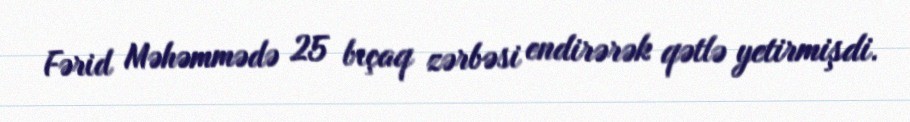
Fərid Məhəmmədə 25 bıçaq zərbəsi endirərək qətlə yetirmişdi.